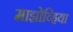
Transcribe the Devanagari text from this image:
माझोव्हिया